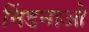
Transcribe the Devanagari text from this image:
मिंडनाओ